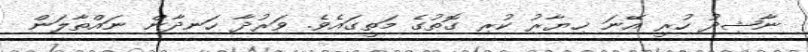
ނާޝިދު ހުރީ އޭނަ ޚިޔާރު ކުރި ގޮތުގެ މަތީގައެވެ. ވަރުދާ ހަނދާން ނައްތާލަން